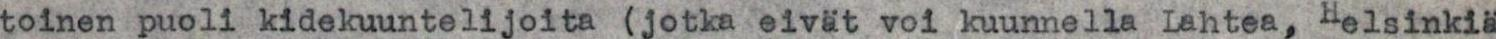
toinen puoli kidekuuntelijoita (jotka eivät voi kuunnella Lahtea, Helsinkiä